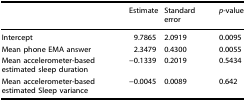
<table><thead><tr><td></td><td><b>Estimate</b></td><td><b>Standard error</b></td><td><b><i>p</i>-value</b></td></tr></thead><tbody><tr><td>Intercept</td><td>9.7865</td><td>2.0919</td><td>0.0095</td></tr><tr><td>Mean phone EMA answer</td><td>2.3479</td><td>0.4300</td><td>0.0055</td></tr><tr><td>Mean accelerometer-based estimated sleep duration</td><td>−0.1339</td><td>0.2019</td><td>0.5434</td></tr><tr><td>Mean accelerometer-based estimated Sleep variance</td><td>−0.0045</td><td>0.0089</td><td>0.642</td></tr></tbody></table>